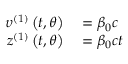
\begin{array} { r l } { \upsilon ^ { \left( 1 \right) } \left( t , \theta \right) } & { { } = \beta _ { 0 } c } \\ { z ^ { \left( 1 \right) } \left( t , \theta \right) } & { { } = \beta _ { 0 } c t } \end{array}